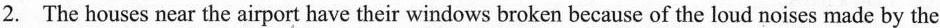
2.The houses near the airport have their windows broken because of the loud noises made by the